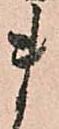
ま